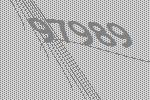
97989